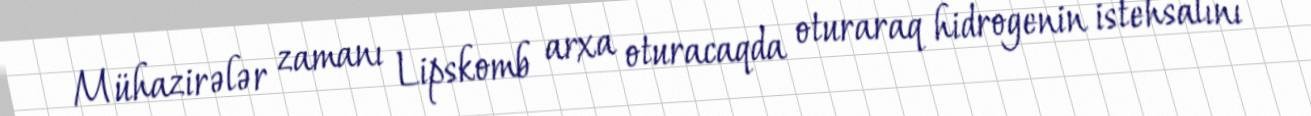
Mühazirələr zamanı Lipskomb arxa oturacaqda oturaraq hidrogenin istehsalını